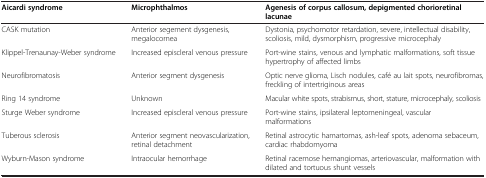
<table><thead><tr><td><b>Aicardi syndrome</b></td><td><b>Microphthalmos</b></td><td><b>Agenesis of corpus callosum, depigmented chorioretinal lacunae</b></td></tr></thead><tbody><tr><td>CASK mutation</td><td>Anterior segement dysgenesis, megalocornea</td><td>Dystonia, psychomotor retardation, severe, intellectual disability, scoliosis, mild, dysmorphism, progressive microcephaly</td></tr><tr><td>Klippel-Trenaunay-Weber syndrome</td><td>Increased episcleral venous pressure</td><td>Port-wine stains, venous and lymphatic malformations, soft tissue hypertrophy of affected limbs</td></tr><tr><td>Neurofibromatosis</td><td>Anterior segment dysgenesis</td><td>Optic nerve glioma, Lisch nodules, café au lait spots, neurofibromas, freckling of intertriginous areas</td></tr><tr><td>Ring 14 syndrome</td><td>Unknown</td><td>Macular white spots, strabismus, short, stature, microcephaly, scoliosis</td></tr><tr><td>Sturge Weber syndrome</td><td>Increased episcleral venous pressure</td><td>Port-wine stains, ipsilateral leptomeningeal, vascular malformations</td></tr><tr><td>Tuberous sclerosis</td><td>Anterior segment neovascularization, retinal detachment</td><td>Retinal astrocytic hamartomas, ash-leaf spots, adenoma sebaceum, cardiac rhabdomyoma</td></tr><tr><td>Wyburn-Mason syndrome</td><td>Intraocular hemorrhage</td><td>Retinal racemose hemangiomas, arteriovascular, malformation with dilated and tortuous shunt vessels</td></tr></tbody></table>